system: You are a helpful assistant.
user:
Analyze the provided spectrum to determine if it is a **M-type Giant (gM)**.

A M-type Giant spectrum is defined by its **strong molecular absorption** features, particularly from **Titanium Oxide (TiO)**. You must check for one of the following mutually exclusive signatures:

- **Key Visual Indicators (Absorption-Dominated Spectrum):**

    - **(Primary):** The spectrum is dominated by strong molecular absorption from **Titanium Oxide (TiO)**. This is the **defining feature** of its M-type temperature class.
        - **(Key Bandheads):** Look for sharp, "saw-tooth" absorption valleys. The strongest are located near **~7050 Å**, **~6160 Å**, and **~5170 Å**.
        - **(Line Profile):** The "saw-tooth" morphology is critical: a **sharp, steep drop on the BLUE (short-wavelength) side** of the bandhead, followed by a gradual recovery (rising flux) towards the RED (long-wavelength) side.

    - **(Key Confirmation - Giant vs. Dwarf):** **ABSENCE** of strong **Calcium Hydride (CaH)** molecular bands. This is the primary diagnostic for *excluding* M-dwarfs.
        - **(Key Region):** The spectrum should lack the strong, broad absorption band seen in dwarfs between **~6800 Å and ~7000 Å**.

    - **(Secondary Confirmation - Giant):** A very strong and broad **Neutral Calcium (Ca I)** atomic absorption line.
        - **(Key Line):** Located at **~4226 Å**. In a giant (gM), this line is significantly deeper and broader than the same line in an M-dwarf (dM) due to low surface gravity.

    - **(Overall Spectrum):**
        - The continuum is **extremely red-sloping** (i.e., flux is very low in the blue and rises dramatically towards the red).
        - The entire spectrum appears "chopped up" by the deep TiO bands.

Think first, call **spectral_visualization_tool** if needed to examine features in detail, then provide your final answer. Your response must adhere to the following strict rules:
1.  **Overall Structure:** Your response must follow the format `<think>...</think> <tool_call>...</tool_call> (if a tool is used) <answer>...</answer>`.
2.  **Tool Usage Constraint:** You may only make **one** tool call per turn.
3.  **Final Answer Format:** In the `<answer>` tag, your conclusion must be inside a `\boxed{}` command (e.g., `\boxed{YES}` or `\boxed{NO}`), followed by your justification.

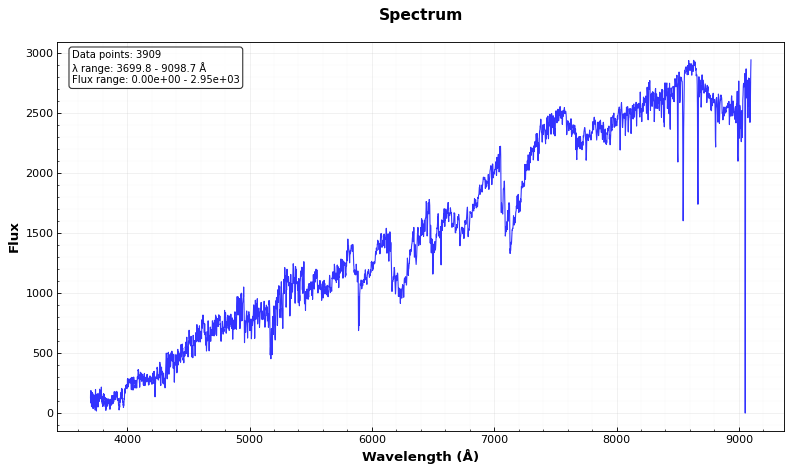
Answer: YES